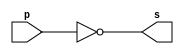
// PUC Minas - Ciencia da Computacao - Arquitetura de Computadores I
// Extra0003
// Nome: Ana Cristina Pereira Teixeira

// 06.) Definir e testar um mdulo para calcular o complemento de 1,
// de um valor qualquer contido em um byte.
//  recomendvel simular o mesmo em Logisim.

// -------------------------
// -- module complement de 1
// -------------------------
module complement (output [7:0] s, input [7:0] p);
	assign s = ~p;
endmodule // complement

// -------------------------
// -- test module complement
// -------------------------
module test_complement;
// ------------------------- dados locais 
	reg [7:0] a;
	wire [7:0] s1;
// ------------------------- instancia 
	complement C1 (s1, a);
// ------------------------- parte principal
	initial begin
		a = 0;
		$display("Extra0003 - Ana Cristina - 427385");
		$display("Teste Complemento de 1, 1 byte = 8 bits");
//		$monitor("%b = %b", a, s);
		$monitor("%b = %b", a, s1);    // CORRIGIDO
		#1 a = 0;
		#1 a = 1;
		#1 a = 2;
		#1 a = 3;
		#1 a = 4;
		#1 a = 5;
		#1 a = 6;
		#1 a = 7;
		#1 a = 8;
		#1 a = 9;
	end
endmodule